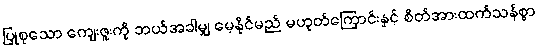
ပြုစုသော ကျေးဇူးကို ဘယ်အခါမျှ မေ့နိုင်မည် မဟုတ်ကြောင်းနှင့် စိတ်အားထက်သန်စွာ